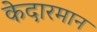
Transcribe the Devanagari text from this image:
केदारमान